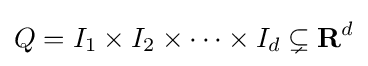
Q=I_{1}\times I_{2}\times \cdots \times I_{d}\subsetneq \mathbf {R} ^{d}